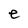
Character: e